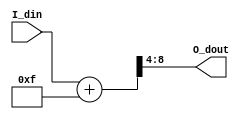
//FILE_HEADER---------------------------------------------------------------------------------------
//ZTE  Copyright (C)
//ZTE Company Confidential
//--------------------------------------------------------------------------------------------------
//Project Name : cnna
//Department   : Technical Planning Department/System Products/ZTE
//--------------------------------------------------------------------------------------------------
//Module Hiberarchy :
//        |--U01_ceil_power_of_2
//        |--U02_axim_wddr
// cnna --|--U03_axis_reg
//        |--U04_main_process
//--------------------------------------------------------------------------------------------------
//Relaese History :
//--------------------------------------------------------------------------------------------------
//Version         Date           Author        Description
// 1.1           july-30-2019                    
//--------------------------------------------------------------------------------------------------
//Main Function:
//a)Get the data from ddr chip using axi master bus
//b)Write it to the ibuf ram
//--------------------------------------------------------------------------------------------------
//REUSE ISSUES: none
//Reset Strategy: synchronization 
//Clock Strategy: none 
//Critical Timing: none 
//Asynchronous Interface: none 
//END_HEADER----------------------------------------------------------------------------------------
module ceil_power_of_2 #(
parameter 
    C_DIN_WIDTH         = 8     ,     
    C_POWER2_NUM        = 4     
)(
input       [           C_DIN_WIDTH-1:0]I_din   ,
output      [C_DIN_WIDTH-C_POWER2_NUM:0]O_dout  
);

wire [      C_POWER2_NUM-1:0]S_y_sub1       ;   
wire [         C_DIN_WIDTH:0]S_sum          ;

////////////////////////////////////////////////////////////////////////////////////////////////////
// Naming specification                                                                         
// Attention C_DIN_WIDTH > C_POWER2_NUM;
// (1) Common #define CEIL_DIV(x,y) (((x)+(y)-1)/(y)) 
//     For this module y = power of (C_POWER2_NUM),
//          such as  C_POWER2_NUM = 4, ==> y = 16, ==> y-1 = 15, so S_y_sub1 = 4'b1111;
////////////////////////////////////////////////////////////////////////////////////////////////////

assign S_y_sub1 = {(C_POWER2_NUM){1'b1}}          ;//(y-1=11111...111)
assign S_sum = I_din + S_y_sub1                   ;
assign O_dout = S_sum[C_DIN_WIDTH:C_POWER2_NUM]   ;

////////////////////////////////////////////////////////////////////////////////////////////////////
//                                                                                                
//    __    __    __    __    __    __    __    __    __    __    __    __    __    __    __    __
// __|  |__|  |__|  |__|  |__|  |__|  |__|  |__|  |__|  |__|  |__|  |__|  |__|  |__|  |__|  |__|  
//                                                                                                
//                                                                                                
////////////////////////////////////////////////////////////////////////////////////////////////////

////////////////////////////////////////////////////////////////////////////////////////////////////
// instance                                                                                                
////////////////////////////////////////////////////////////////////////////////////////////////////

endmodule